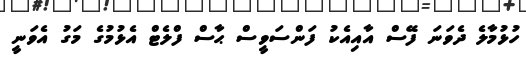
ހުޅުމާލެ ދެވަނަ ފޭސް އާއިއެކު ފަންސަވީސް ޙާސް ފްލެޓް އެޅުމުގެ މަގު އެވަނީ